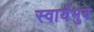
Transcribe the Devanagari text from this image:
स्वायँभुव